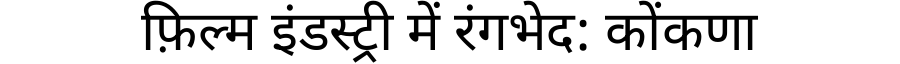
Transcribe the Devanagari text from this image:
फ़िल्म इंडस्ट्री में रंगभेद: कोंकणा